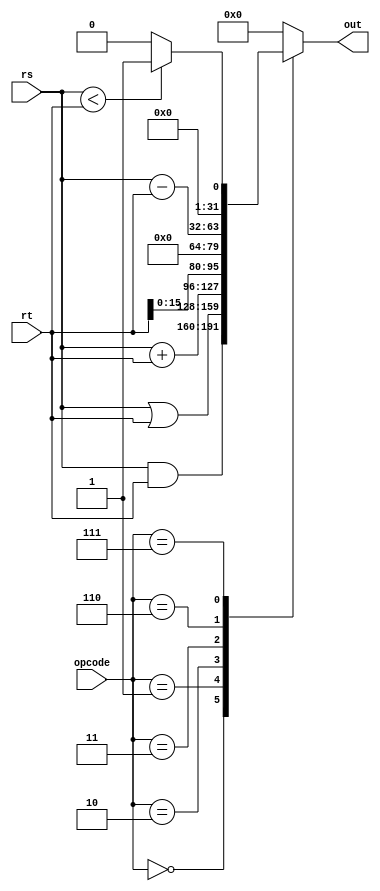
// ALU module
// 

module alu(opcode, rs, rt, out);

    input [2:0] opcode;
    input [31:0] rs;
    input [31:0] rt;
    output [31:0] out;

    reg [31:0] temp;

    always@(*) begin
      
        case(opcode)    //STARTCASE
            3'b000:     //and
            begin
                temp = rs & rt;
            end

            3'b001:     //or
            begin
                temp = rs | rt;
            end

            3'b010:     //add
            begin
                temp = rs + rt;
            end

            3'b011:     //lui
            begin
                temp = rt<<16;
            end

            3'b110:     //sub
            begin
                temp = rs-rt;
            end

            3'b111:     //slt
            begin
                if(rs<rt)
                begin
                    temp = 1;
                end
                else
                begin
                    temp = 0;
                end
            end
     
            default: temp = 0;
     
        endcase         //ENDCASE

    end // always@ (*)

    assign out = temp;
   
endmodule




/*
// Here is the simple test for this module individually.
module test();
   
   reg [2:0] opcode = 3'b010;
   reg [31:0] rs = 32'b1011;
   reg [31:0] rt = 32'b111;
   wire       [31:0] out;

   initial begin
      #10 opcode = 6;
      #10 opcode = 0;
      #10 opcode = 1;
      #10 opcode = 7;
      
      
   end

   initial
     $monitor("op:%b rs:%b rt:%b out:%b",opcode,rs,rt,out );

   alu one(opcode,rs,rt,out);
     
endmodule
*/